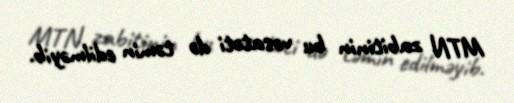
MTN zabitinin bu vəsatəti də təmin edilməyib.